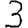
Digit: 3